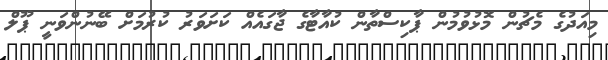
މިއަދުގެ މެޗުން މޮޅުވުމުން ޕާކިސްތާން ކުއާޓާގެ ޖާގައެއް ކަށަވަރު ކުރުމަށް ބޭނުންވަނީ ޕޫލް